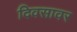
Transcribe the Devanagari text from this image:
दिवसावर